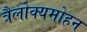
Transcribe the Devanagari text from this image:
त्रैलोक्यमोहन